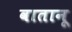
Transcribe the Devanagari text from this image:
वातानू